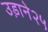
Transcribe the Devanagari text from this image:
उड़ाने२५